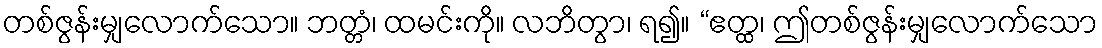
တစ်ဇွန်းမျှလောက်သော။ ဘတ္တံ၊ ထမင်းကို။ လဘိတွာ၊ ရ၍။ “ဧတ္ထ၊ ဤတစ်ဇွန်းမျှလောက်သော